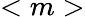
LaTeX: <m>